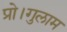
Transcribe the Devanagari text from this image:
प्रो।गुलाम